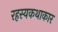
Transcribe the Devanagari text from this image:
रहस्यकथाकार